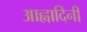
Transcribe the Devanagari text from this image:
आह्वादिनी